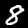
Digit: 8